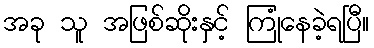
အခု သူ အဖြစ်ဆိုးနှင့် ကြုံနေခဲ့ရပြီ။